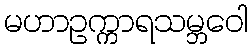
မဟာဥက္ကာရသမ္ဘဝေါ